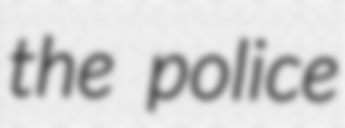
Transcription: the police